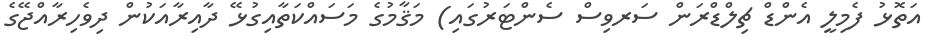
އަތޮޅު ފެމިލީ އެންޑް ޗިލްޑްރަން ސަރވިސް ސެންޓަރުގައި) މަޤާމުގެ މަސައްކަތާއިގުޅޭ ދާއިރާއަކުން ދިވެހިރާއްޖޭގެ